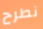
نطرح